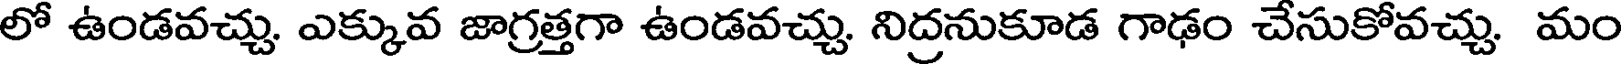
లో ఉండవచ్చు. ఎక్కువ జాగ్రత్తగా ఉండవచ్చు. నిద్రనుకూడ గాఢం చేసుకోవచ్చు. మం